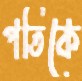
পতিকে